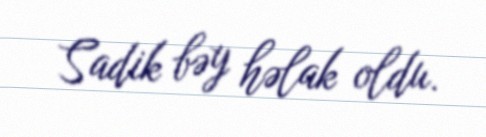
Sadik bəy həlak oldu.